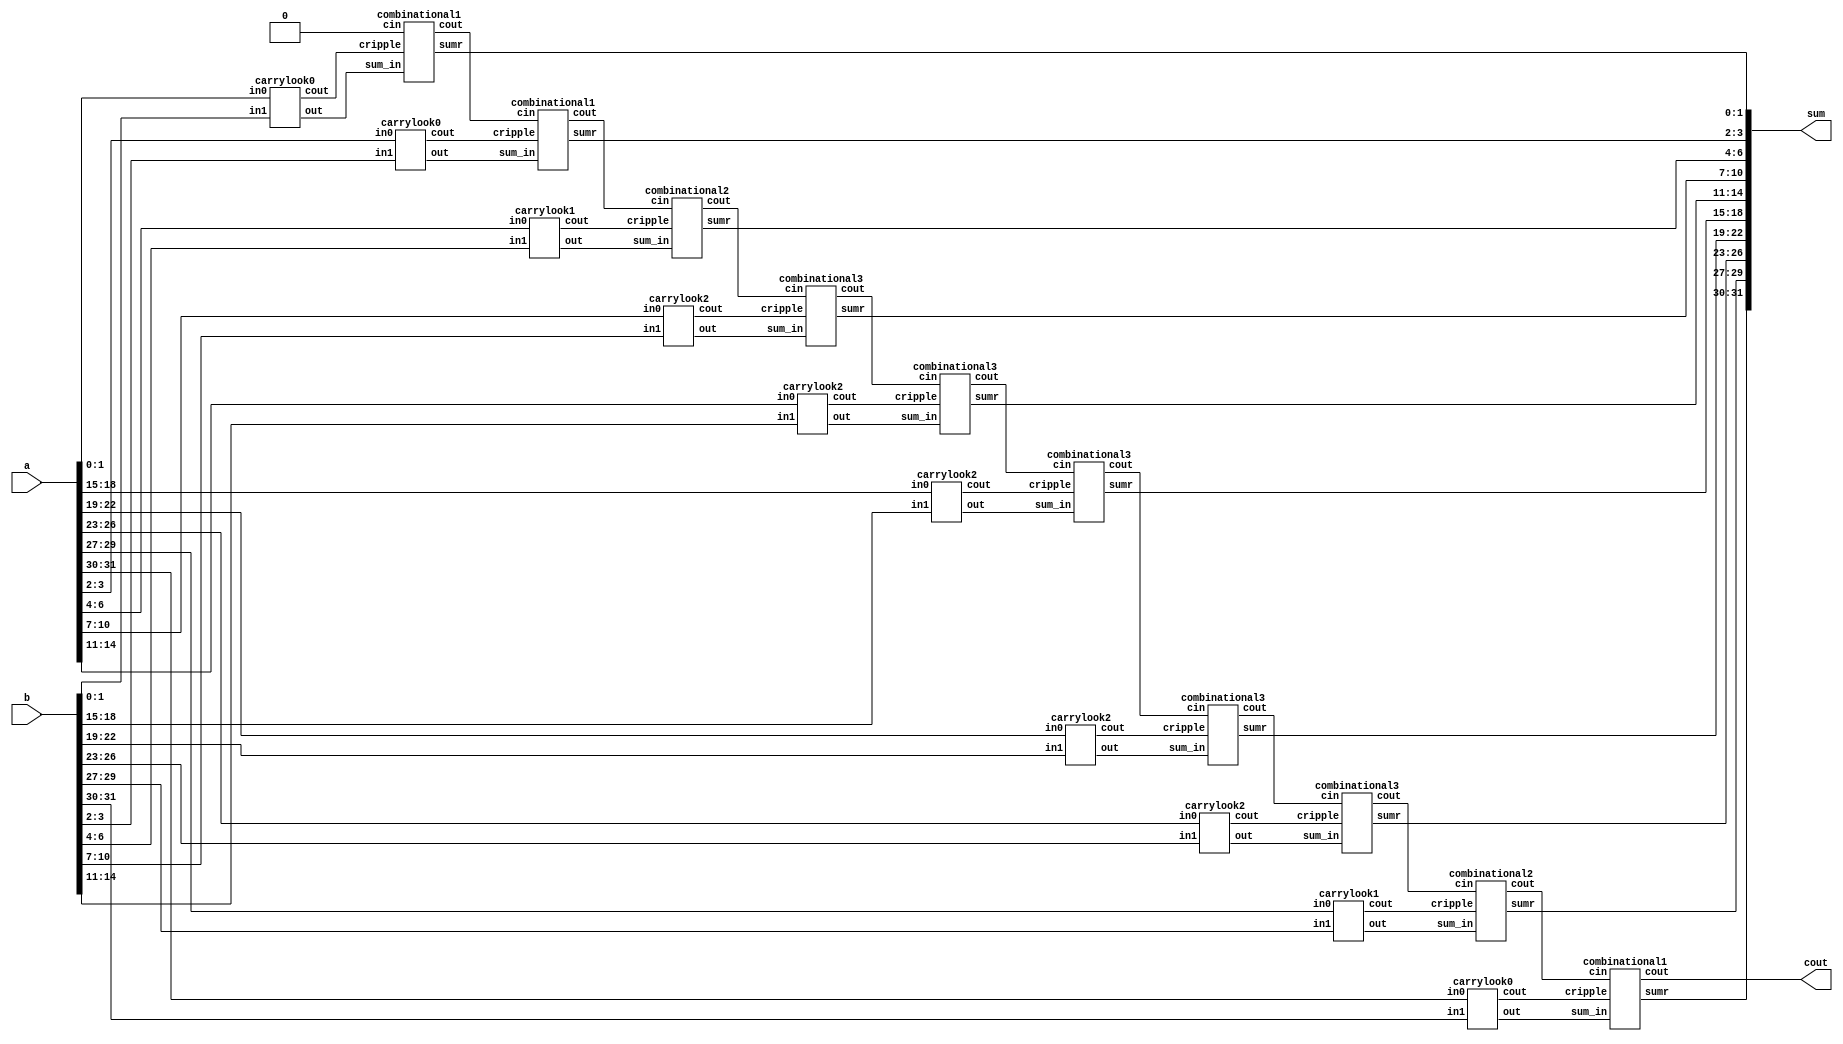
module bitwithoutmuxcarrylook1(a,b,sum,cout);
    input [31:0]a;
    input [31:0]b;
    output [31:0]sum;
    output cout;
    wire [9:0]carry;
    wire [31:0]sum_inter;
    wire [8:0]carry_comb;
    carrylook0 s0(a[1:0],b[1:0],sum_inter[1:0],carry[0]);
    combinational1 s1(1'b0,sum_inter[1:0],carry[0],sum[1:0],carry_comb[0]);
    carrylook0 s2(a[3:2],b[3:2],sum_inter[3:2],carry[1]);
    combinational1 s3(carry_comb[0],sum_inter[3:2],carry[1],sum[3:2],carry_comb[1]);
    carrylook1 s4(a[6:4],b[6:4],sum_inter[6:4],carry[2]);
    combinational2 s5(carry_comb[1],sum_inter[6:4],carry[2],sum[6:4],carry_comb[2]);
    carrylook2 s6(a[10:7],b[10:7],sum_inter[10:7],carry[3]);
    combinational3 s7(carry_comb[2],sum_inter[10:7],carry[3],sum[10:7],carry_comb[3]);
    carrylook2 s8(a[14:11],b[14:11],sum_inter[14:11],carry[4]);
    combinational3 s9(carry_comb[3],sum_inter[14:11],carry[4],sum[14:11],carry_comb[4]);
    carrylook2 s10(a[18:15],b[18:15],sum_inter[18:15],carry[5]);
    combinational3 s11(carry_comb[4],sum_inter[18:15],carry[5],sum[18:15],carry_comb[5]);
    carrylook2 s12(a[22:19],b[22:19],sum_inter[22:19],carry[6]);
    combinational3 s13(carry_comb[5],sum_inter[22:19],carry[6],sum[22:19],carry_comb[6]);
    carrylook2 s14(a[26:23],b[26:23],sum_inter[26:23],carry[7]);
    combinational3 s15(carry_comb[6],sum_inter[26:23],carry[7],sum[26:23],carry_comb[7]);
    carrylook1 s16(a[29:27],b[29:27],sum_inter[29:27],carry[8]);
    combinational2 s17(carry_comb[7],sum_inter[29:27],carry[8],sum[29:27],carry_comb[8]);
    carrylook0 s18(a[31:30],b[31:30],sum_inter[31:30],carry[9]);
    combinational1 s19(carry_comb[8],sum_inter[31:30],carry[9],sum[31:30],cout);
endmodule

module combinational4(cin,sum_in,cripple,sumr,cout);
    input cin;
    input cripple;
    input [4:0]sum_in;
    output [4:0]sumr;
    output cout;
    wire [4:0]cp;
    combinational c0(cin,sum_in[0],sumr[0],cp[0]);
    combinational c1(cp[0],sum_in[1],sumr[1],cp[1]);
    combinational c2(cp[1],sum_in[2],sumr[2],cp[2]);
    combinational c3(cp[2],sum_in[3],sumr[3],cp[3]);
    combinational c4(cp[3],sum_in[4],sumr[4],cp[4]);
    assign cout = cp[4]^cripple;
endmodule

module combinational3(cin,sum_in,cripple,sumr,cout);
    input cin;
    input cripple;
    input [3:0]sum_in;
    output [3:0]sumr;
    output cout;
    wire [3:0]cp;
    combinational c0(cin,sum_in[0],sumr[0],cp[0]);
    combinational c1(cp[0],sum_in[1],sumr[1],cp[1]);
    combinational c2(cp[1],sum_in[2],sumr[2],cp[2]);
    combinational c3(cp[2],sum_in[3],sumr[3],cp[3]);
    assign cout = cp[3]^cripple;
endmodule

module carrylook3(in0, in1, out, cout);
	input [4:0] in0;
	input [4:0] in1;
	output [4:0] out;
	output cout;
    wire [4:0]G;
    wire [4:0]P;
    wire [4:0]C;
    assign G = in0 & in1; //Generate
    assign P = in0 ^ in1; //Propagate
    assign C[0] = 1'b0;
    assign C[1] = G[0] | (P[0] & C[0]);
    assign C[2] = G[1] | (P[1] & G[0]) | (P[1] & P[0] & C[0]);
    assign C[3] = G[2] | (P[2] & G[1]) | (P[2] & P[1] & G[0]) | (P[2] & P[1] & P[0] & C[0]);
    assign C[4] = G[3] | (P[3] & G[2]) | (P[3] & P[2] & G[1]) | (P[3] & P[2] & P[1] & G[0]) |(P[3] & P[2] & P[1] & P[0] & C[0]);
    assign cout = G[4] | (P[4] & G[3]) | (P[4] & P[3] & G[2]) | (P[4] & P[3] & P[2] & G[1]) |(P[4] & P[3] & P[2] & P[1] & G[0])|(P[4] & P[3] & P[2] & P[1] & P[0]& C[0]);
    assign out = P ^ C;
endmodule

module combinational2(cin,sum_in,cripple,sumr,cout);
    input cin;
    input cripple;
    input [2:0]sum_in;
    output [2:0]sumr;
    output cout;
    wire [2:0]cp;
    combinational c0(cin,sum_in[0],sumr[0],cp[0]);
    combinational c1(cp[0],sum_in[1],sumr[1],cp[1]);
    combinational c2(cp[1],sum_in[2],sumr[2],cp[2]);
    assign cout = cp[2]^cripple;
endmodule

module carrylook2(in0, in1, out, cout);
	input [3:0] in0;
	input [3:0] in1;
	output [3:0] out;
	output cout;
    wire [3:0]G;
    wire [3:0]P;
    wire [3:0]C;
    assign G = in0 & in1; //Generate
    assign P = in0 ^ in1; //Propagate
    assign C[0] = 1'b0;
    assign C[1] = G[0] | (P[0] & C[0]);
    assign C[2] = G[1] | (P[1] & G[0]) | (P[1] & P[0] & C[0]);
    assign C[3] = G[2] | (P[2] & G[1]) | (P[2] & P[1] & G[0]) | (P[2] & P[1] & P[0] & C[0]);
    assign cout = G[3] | (P[3] & G[2]) | (P[3] & P[2] & G[1]) | (P[3] & P[2] & P[1] & G[0]) |(P[3] & P[2] & P[1] & P[0] & C[0]);
    assign out = P ^ C;
endmodule

module combinational1(cin,sum_in,cripple,sumr,cout);
    input cin;
    input cripple;
    input [1:0]sum_in;
    output [1:0]sumr;
    output cout;
    wire [1:0]cp;
    combinational c0(cin,sum_in[0],sumr[0],cp[0]);
    combinational c1(cp[0],sum_in[1],sumr[1],cp[1]);
    assign cout = cp[1]^cripple;
endmodule

module carrylook1(in0, in1, out, cout);
	input [2:0] in0;
	input [2:0] in1;
	output [2:0] out;
	output cout;
    wire [2:0]G;
    wire [2:0]P;
    wire [2:0]C;
    assign G = in0 & in1; //Generate
    assign P = in0 ^ in1; //Propagate
    assign C[0] = 1'b0;
    assign C[1] = G[0] | (P[0] & C[0]);
    assign C[2] = G[1] | (P[1] & G[0]) | (P[1] & P[0] & C[0]);
    assign cout = G[2] | (P[2] & G[1]) | (P[2] & P[1] & G[0]) | (P[2] & P[1] & P[0] & C[0]);
    assign out = P ^ C;
endmodule

module combinational(cin,sum_in,sumr,cind);
    input cin;
    input sum_in;
    output sumr;
    output cind;
    assign sumr = cin^sum_in;
    assign cind = cin&sum_in;
endmodule

module carrylook0(in0, in1, out, cout);
	input [1:0] in0;
	input [1:0] in1;
	output [1:0] out;
	output cout;
    wire [1:0]G;
    wire [1:0]P;
    wire [1:0]C;
    assign G = in0 & in1; //Generate
    assign P = in0 ^ in1; //Propagate
    assign C[0] = 1'b0;
    assign C[1] = G[0] | (P[0] & C[0]);
    assign cout = G[1] | (P[1] & G[0]) | (P[1] & P[0] & C[0]);
    assign out = P ^ C;
endmodule

module full_adder(in0, in1, cin, out, cout);
	input in0, in1, cin;
	output out, cout;

	assign out = in0 ^ in1 ^ cin;
	assign cout = ((in0 ^ in1) & cin) | (in0 & in1);
endmodule